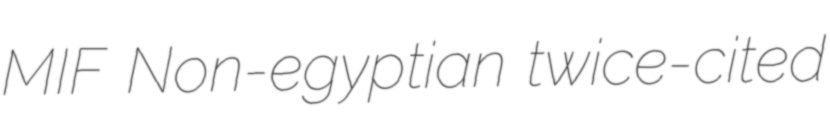
MIF Non-egyptian twice-cited